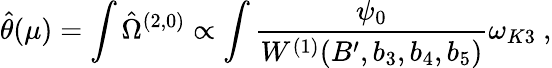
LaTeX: \hat{\theta}(\mu)=\int\hat{\Omega}^{(2,0)}\propto\int\frac{\psi_{0}}{W^{(1)}(B^{\prime},b_{3},b_{4},b_{5})}\omega_{K3}\ ,